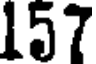
157